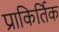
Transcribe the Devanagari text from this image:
प्राकिर्तिक